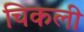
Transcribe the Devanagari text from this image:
चिकली